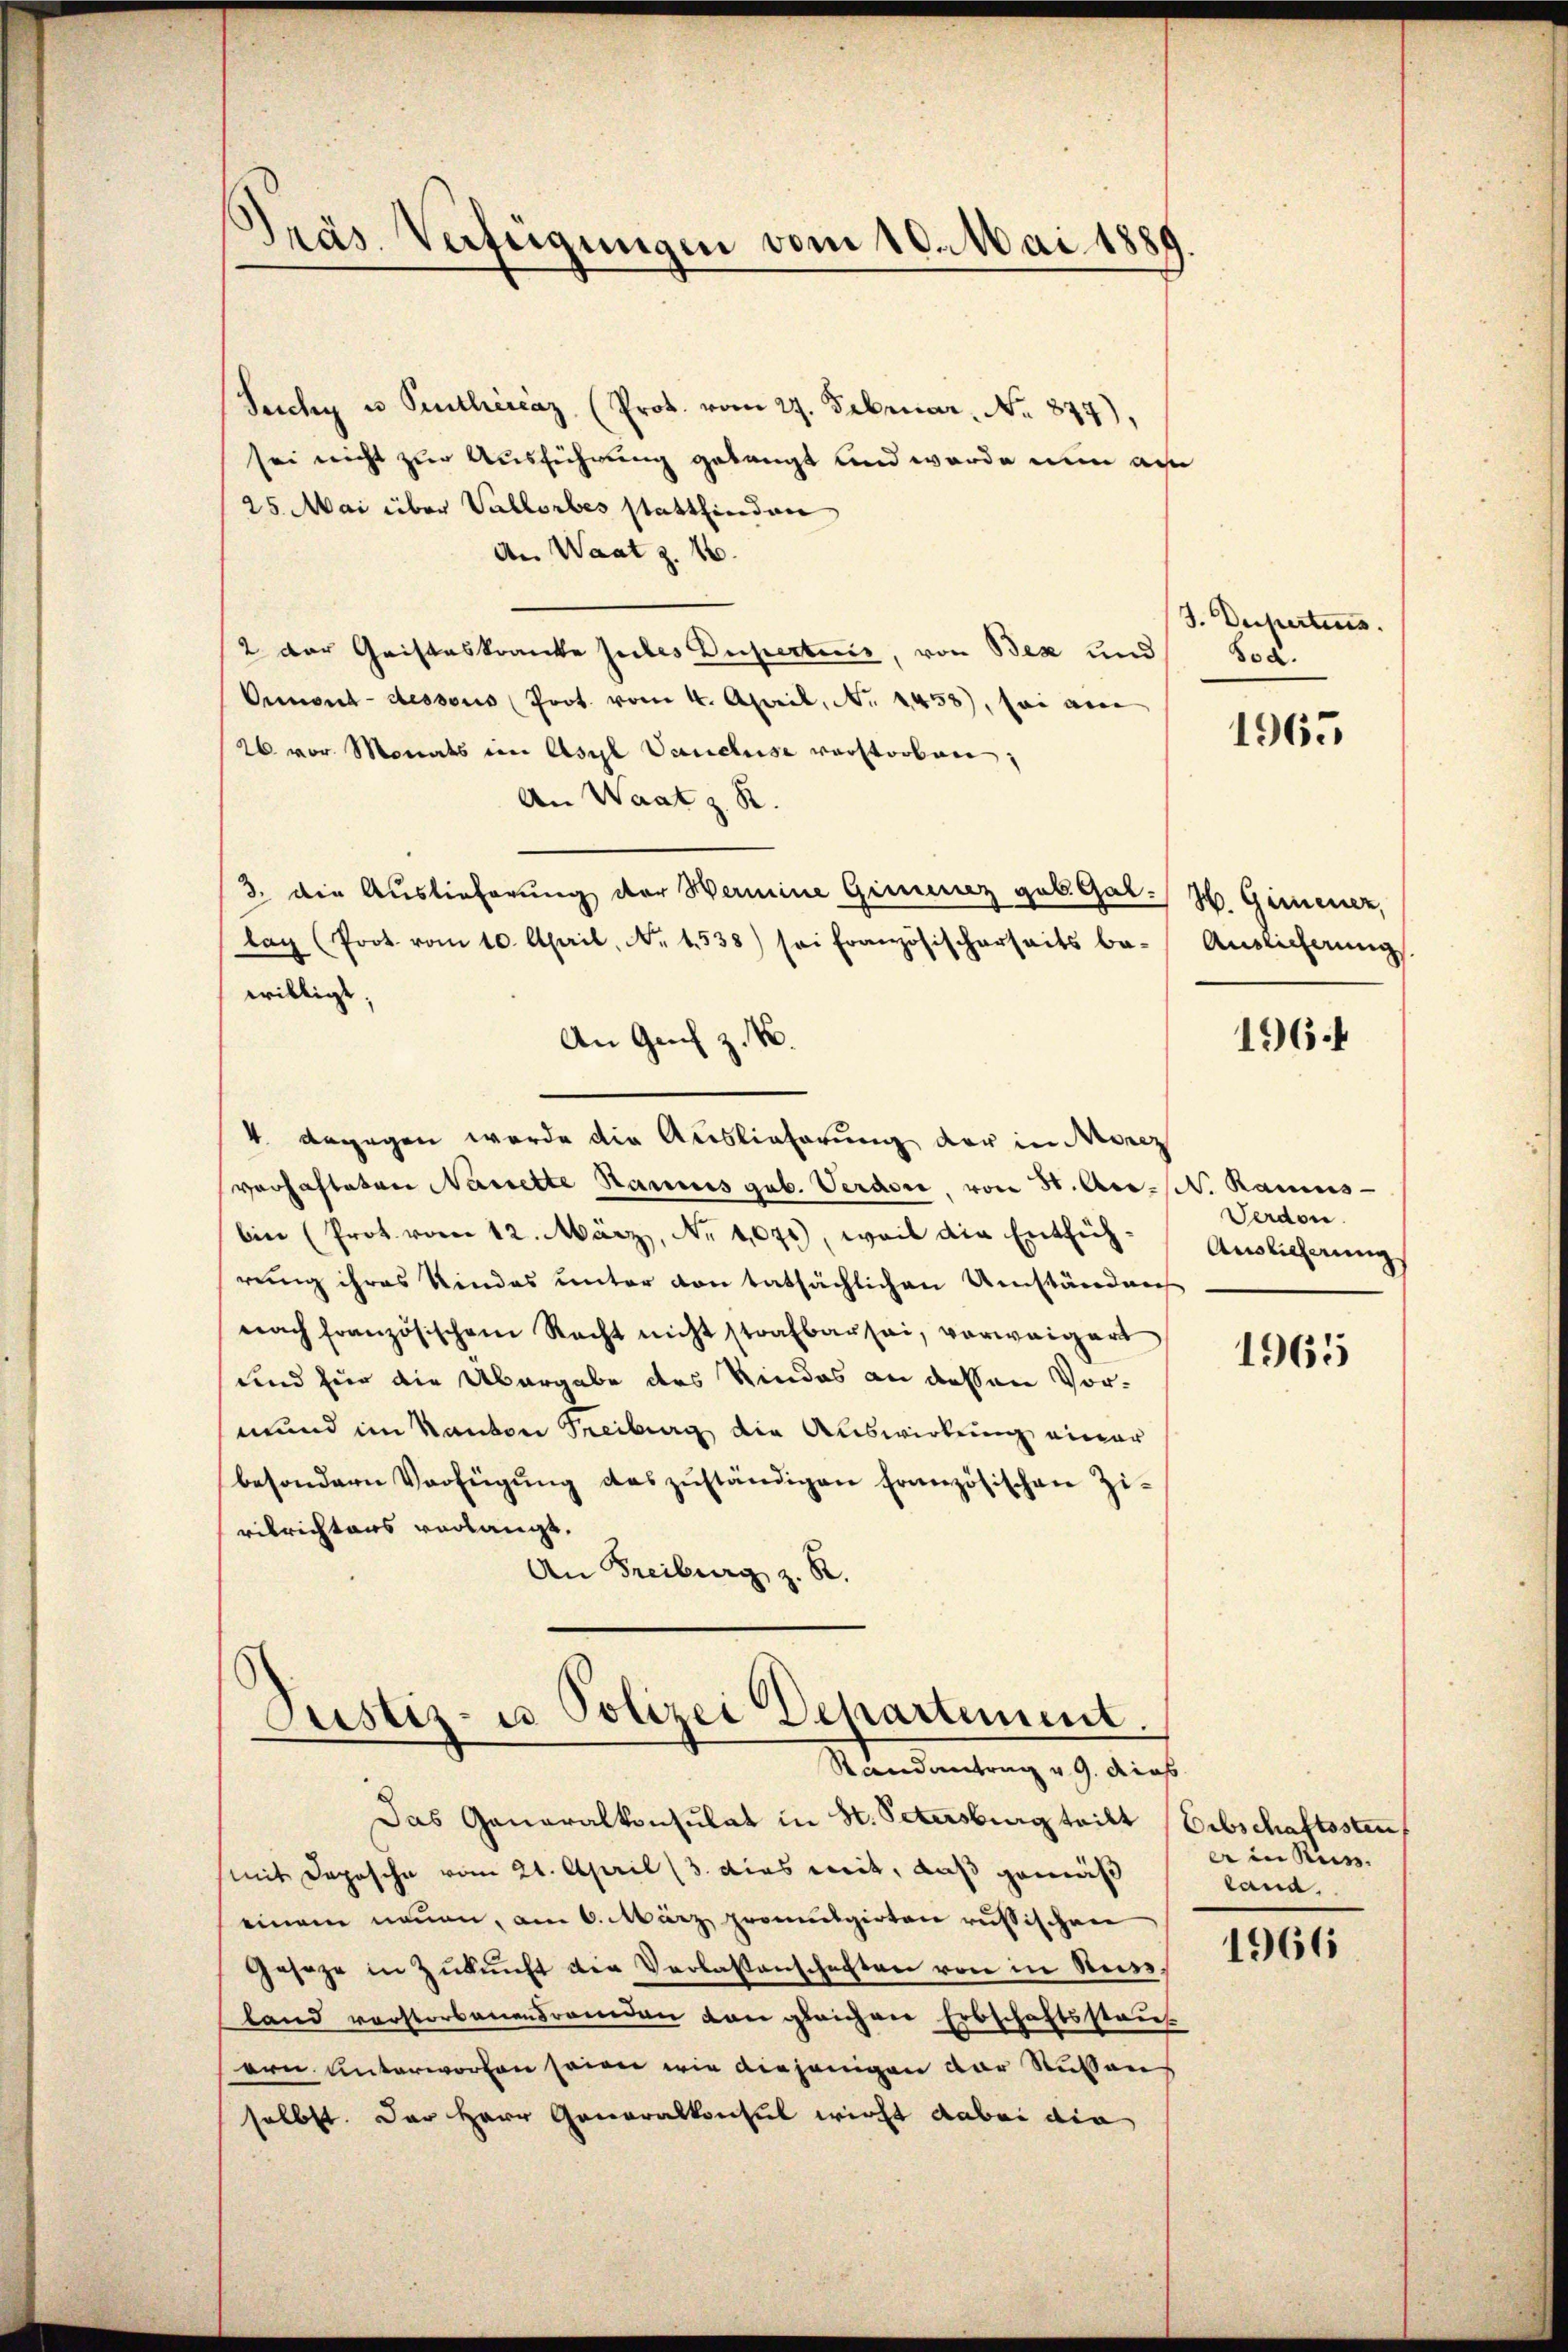
Präs. Verfügungen vom 10. Mai 1889

Suichy u. Pethéraz (Prot. vom 27. Februar, No. 877),
sei nicht zur Ausführung gelangt und werde nun au
25. Mai über Vallorbes stattfinden
An Waat z. 16.
2 der Geisteskranke suites Duperteis, von Bex und
Ormond-dessous (Prot. vom 4. April, No 1458), sei ane
26 vor Monats im Asyl Vanclusa verstorben,
An Waat z. R.
3. die Auslieferung der Warmine Girenz geb. Gat. H. Gemeiner,
lag (Prot vom 10. April, No 1538) sei Französischerseits be-Aŭssicherŭngs
willigt;
An Genf z. B.
4 dagegen werde die Auslieferung der in Morez
verhafteten Nanette Banus geb. Verdore, von 30. Art. N. Kanns-
bin (Prot. vom 12. März, No 1071), weil die Entführung ihres Kindes unter von tatsächlichen Umständung
nach französischem Recht nicht strafbar sei, vorweigert
und für die Übergabe des Kindes an dessen Vormund im Kanton Treiburg die Auswirkung einer
besondern Verfügŭng des zŭständigen Französischen Zi-
ribrichters verlangt,
An Freiburg z. R.
Justiz- u Polizei Departement
Randantrag v. 9. dies
Das Generalkonsulat in H. Petersburg teilt (Erbschaftssteumit Depesche vom 21. April (3. dies mit, daß gemäß
einem neuen, am 6. März promulgirten russischen
Gesage in Zukunft die Verlassenschaften von in Steinland verstorbenenswanden von gleichen Erbschaftsstauf
ern. Unterworfen seien wie diejenigen der Stuben
selbst. Der Herr Generalkonsul wicht dabei die

J. Depertens.
Bod.

1965

1964

Verden.
Auslieferung

1965

er in Kuss.
lana

1966